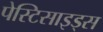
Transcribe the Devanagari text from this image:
पेस्टिसाइड्स